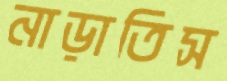
নাড়াতিস